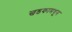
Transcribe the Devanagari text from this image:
खडकामधून